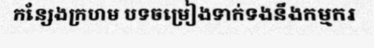
កន្សែងក្រហម បទចម្រៀងទាក់ទងនឹងកម្មករ